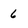
Character: 6